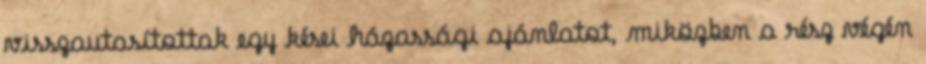
visszautasítottak egy kései házassági ajánlatot, miközben a rész végén